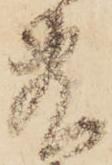
敷